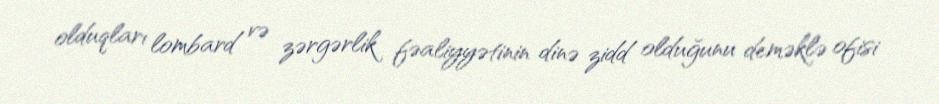
olduqları lombard və zərgərlik fəaliyyətinin dinə zidd olduğunu deməklə ofisi